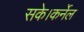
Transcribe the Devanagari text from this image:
सके।कर्नेल